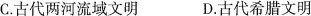
C.古代两河流域文明 D.古代希腊文明